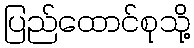
ပြည်ထောင်စုသို့